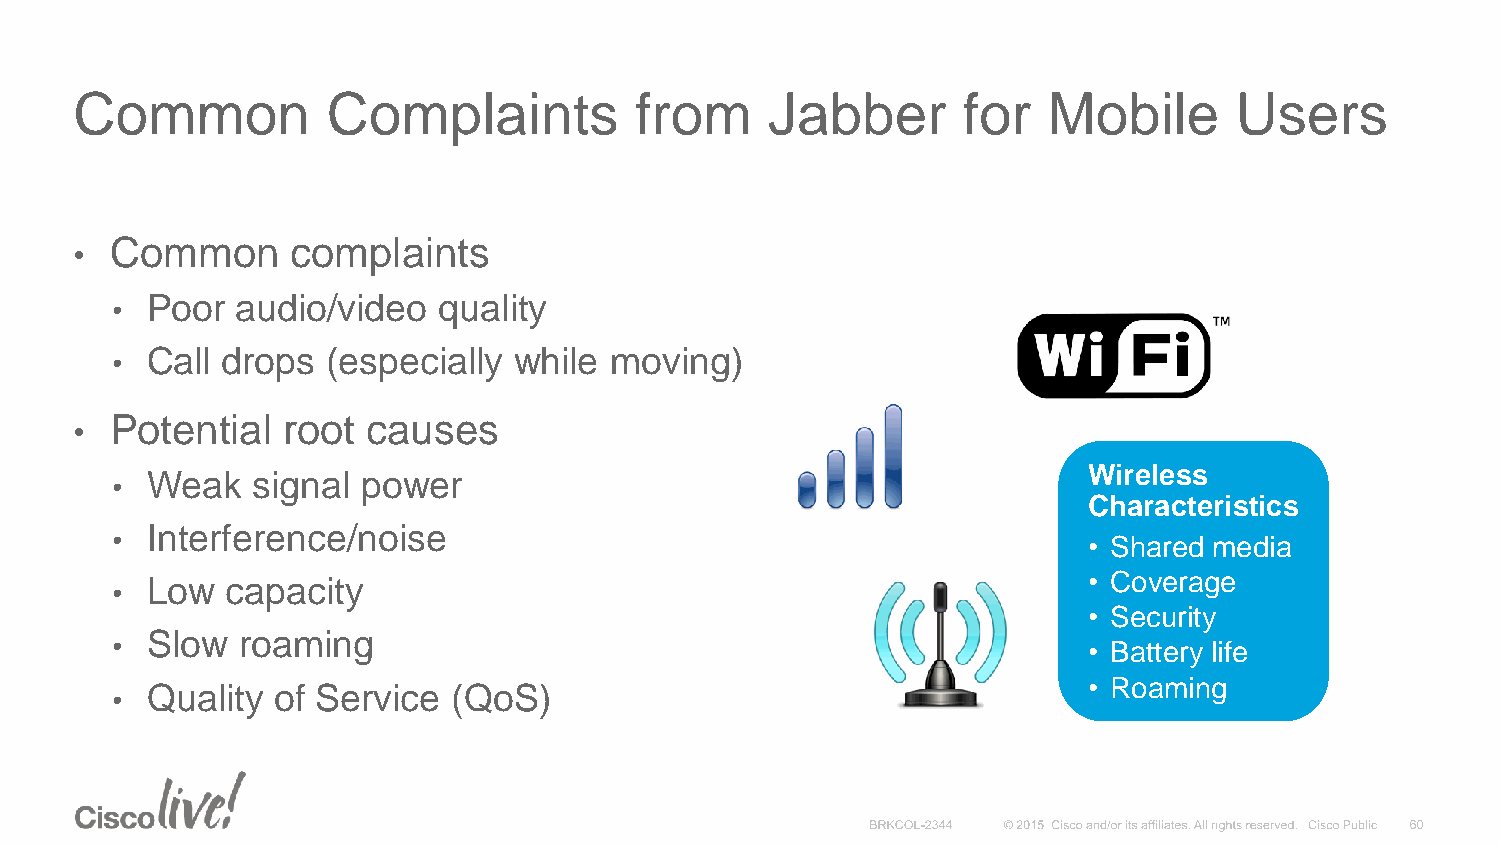
Common           Complaints          from     Jabber       for  Mobile       Users
 Common      complaints
 •
 •  Poor  audio/video  quality
 •  Call drops  (especially while moving)
 Potential   root causes
 •
 Wireless
 •  Weak   signal power
 Characteristics
 •  Interference/noise
 • Shared media
 •  Low  capacity                                                 • Coverage
 • Security
 •  Slow  roaming                                                 • Battery life
 • Roaming
 •  Quality of Service  (QoS)